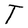
Character: T